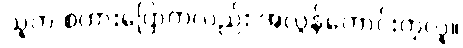
သူက စကားပြောကလည်း အလွန်ကောင်းတဲ့လူ။